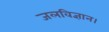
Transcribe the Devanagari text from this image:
जलविज्ञान।